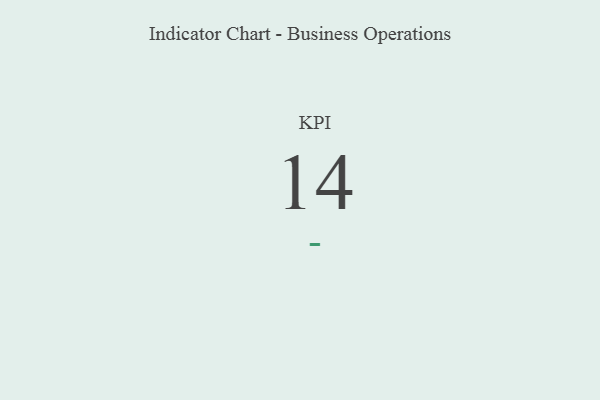
{"axis": {"x": "KPI", "y": "Value"}, "legend": [""], "data": [{"x": "KPI", "y": 14, "type": ""}]}